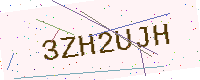
Text: 3ZH2UJH